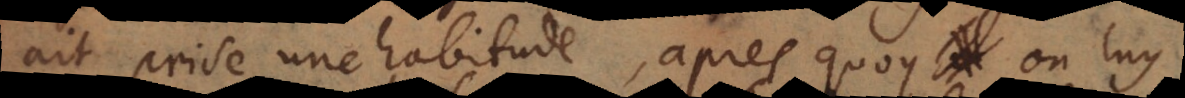
ait prise une habitude, après quoy on luy